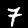
Digit: 7